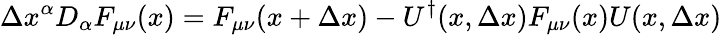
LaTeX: \Delta x^{\alpha}D_{\alpha}F_{\mu\nu}(x)=F_{\mu\nu}(x+\Delta x)-U^{\dagger}(x,\Delta x)F_{\mu\nu}(x)U(x,\Delta x)